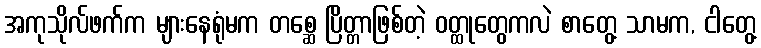
အကုသိုလ်ဖက်က များနေရုံမက တစ္ဆေ ပြိတ္တာဖြစ်တဲ့ ဝတ္ထုတွေကလဲ စာတွေ့ သာမက, ငါတွေ့